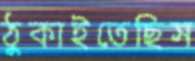
ঠুকাইতেছিস